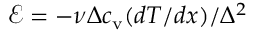
{ \mathcal E } = - \nu \Delta c _ { \mathrm { v } } ( d T / d x ) / \Delta ^ { 2 }